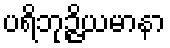
ပရိဘုဉ္ဇိယမာနာ